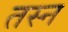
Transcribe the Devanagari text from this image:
तस्न